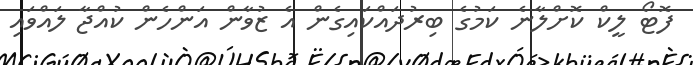
ފޮޓޯ ލީކް ކޮށްލާނެ ކަމުގެ ބިރުދައްކައިގެން އެ ޒުވާން އަންހެން ކުއްޖާ ލައްވައި